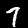
Digit: 7